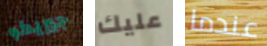
جيريكو عليك عندما